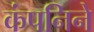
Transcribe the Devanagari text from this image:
कंपनिने